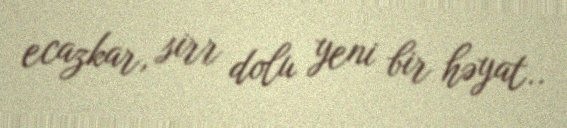
ecazkar, sirr dolu yeni bir həyat..